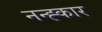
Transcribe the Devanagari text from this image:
नन्ह्कार